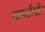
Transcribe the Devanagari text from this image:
सफईराोर